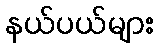
နယ်ပယ်များ